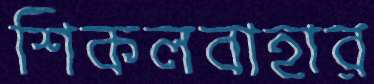
শিকলবাহার